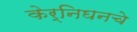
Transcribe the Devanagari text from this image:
केर्निघनचे